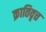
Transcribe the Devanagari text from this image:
क्रातिवृत्त